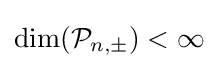
\dim({\mathcal {P}}_{n,\pm })<\infty